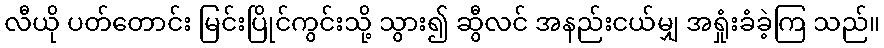
လီယို ပတ်တောင်း မြင်းပြိုင်ကွင်းသို့ သွား၍ ဆွီလင် အနည်းငယ်မျှ အရှုံးခံခဲ့ကြ သည်။